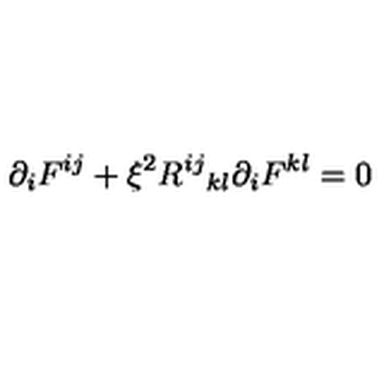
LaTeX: { \partial } _ { i } F ^ { i j } + { \xi } ^ { 2 } { R ^ { i j } } _ { k l } { \partial } _ { i } F ^ { k l } = 0